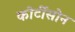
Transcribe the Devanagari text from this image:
कोर्टीसोन